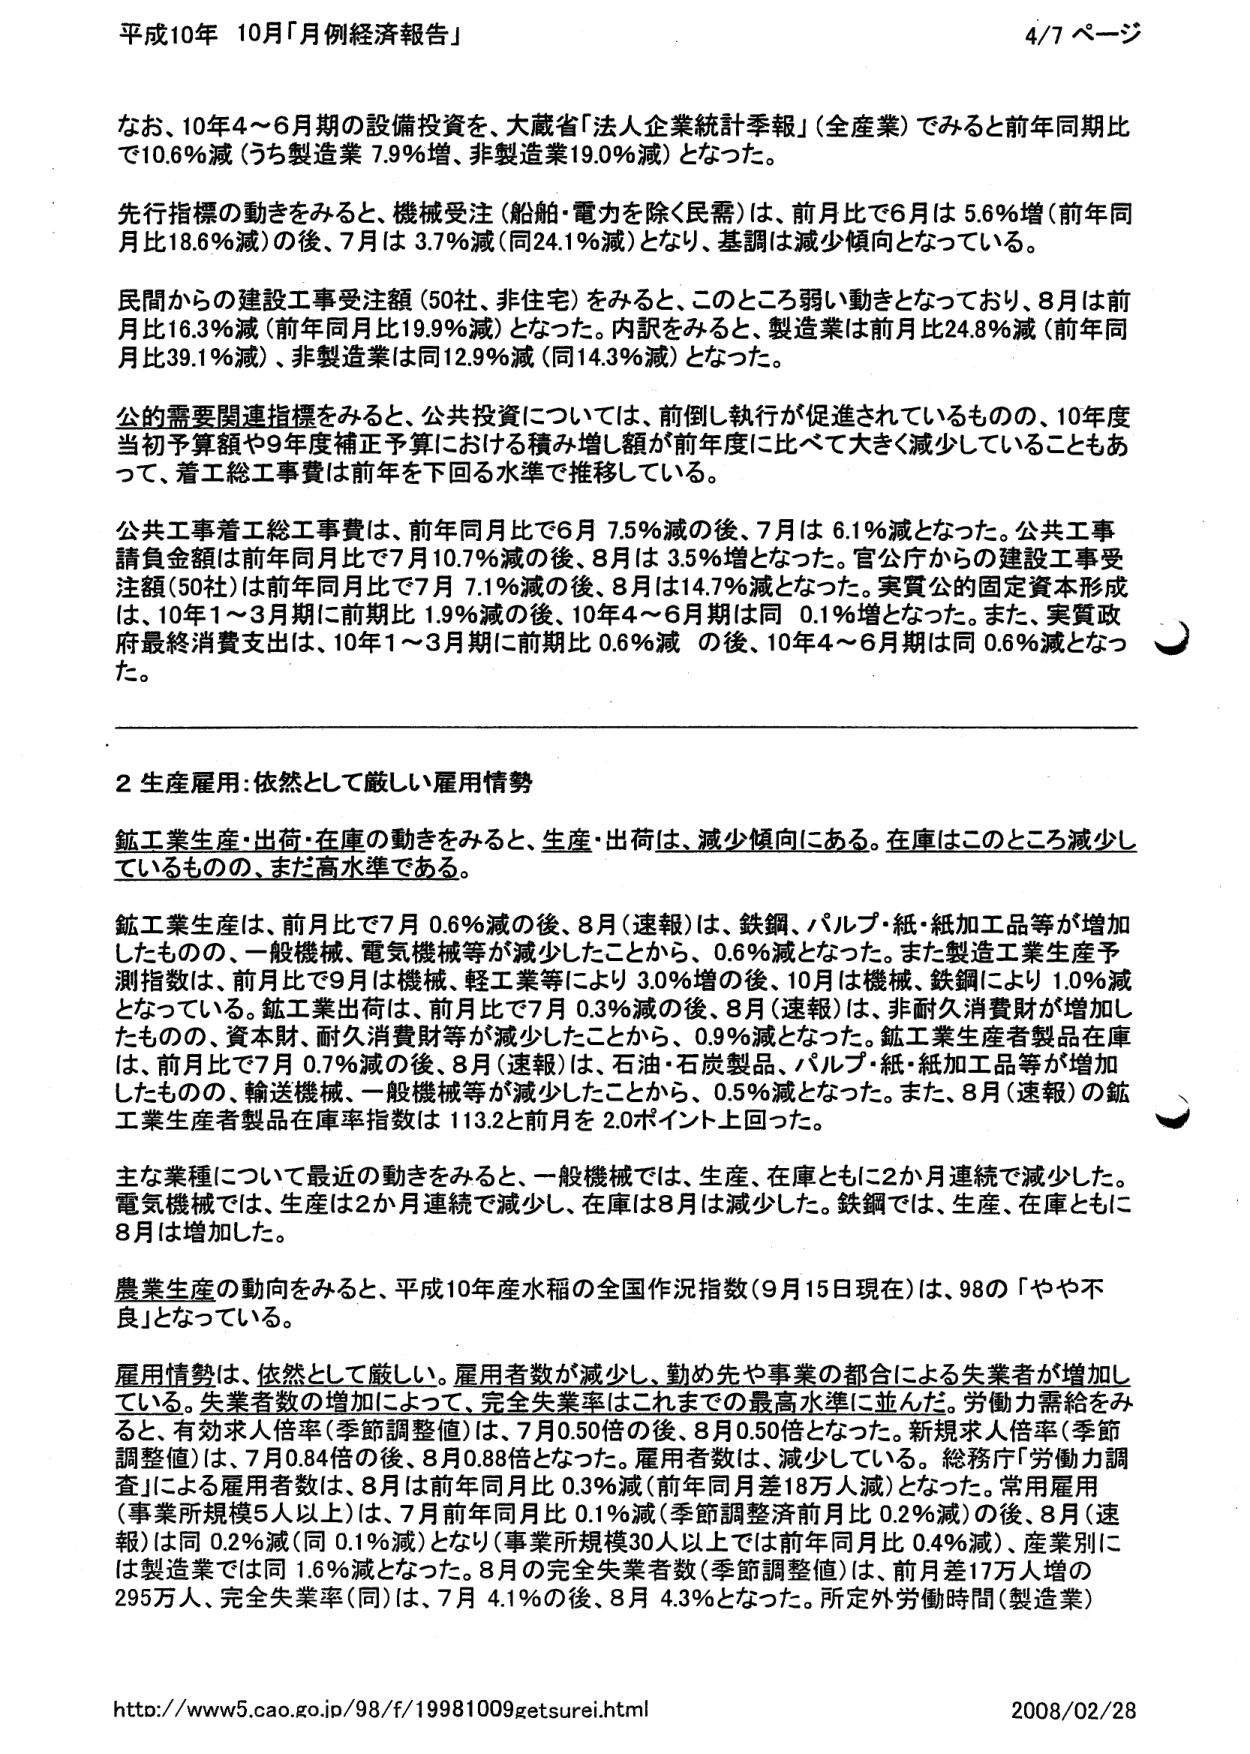
平成10年 10月「月例経済報告」 4/7 ページ

なお、10年4～6月期の設備投資を、大蔵省「法人企業統計季報」（全産業）でみると前年同期比で10.6％減（うち製造業 7.9％増、非製造業19.0％減）となった。

先行指標の動きをみると、機械受注（船舶・電力を除く民需）は、前月比で6月は 5.6％増（前年同月比18.6％減）の後、7月は 3.7％減（同24.1％減）となり、基調は減少傾向となっている。

民間からの建設工事受注額（50社、非住宅）をみると、このところ弱い動きとなっており、8月は前月比16.3％減（前年同月比19.9％減）となった。内訳をみると、製造業は前月比24.8％減（前年同月比39.1％減）、非製造業は同12.9％減（同14.3％減）となった。

公的需要関連指標をみると、公共投資については、前倒し執行が促進されているものの、10年度当初予算額や9年度補正予算における積み増し額が前年度に比べて大きく減少していることもあって、着工総工事費は前年を下回る水準で推移している。

公共工事着工総工事費は、前年同月比で6月 7.5％減の後、7月は 6.1％減となった。公共工事請負金額は前年同月比で7月10.7％減の後、8月は 3.5％増となった。官公庁からの建設工事受注額（50社）は前年同月比で7月 7.1％減の後、8月は14.7％減となった。実質公的固定資本形成は、10年1～3月期に前期比 1.9％減の後、10年4～6月期は同 0.1％増となった。また、実質政府最終消費支出は、10年1～3月期に前期比 0.6％減 の後、10年4～6月期は同 0.6％減となった。

2 生産雇用：依然として厳しい雇用情勢

鉱工業生産・出荷・在庫の動きをみると、生産・出荷は、減少傾向にある。在庫はこのところ減少しているものの、まだ高水準である。

鉱工業生産は、前月比で7月 0.6％減の後、8月（速報）は、鉄鋼、パルプ・紙・紙加工品等が増加したものの、一般機械、電気機械等が減少したことから、0.6％減となった。また製造工業生産予測指数は、前月比で9月は機械、軽工業等により3.0％増の後、10月は機械、鉄鋼により1.0％減となっている。鉱工業出荷は、前月比で7月 0.3％減の後、8月（速報）は、非耐久消費財が増加したものの、資本財、耐久消費財等が減少したことから、0.9％減となった。鉱工業生産者製品在庫は、前月比で7月 0.7％減の後、8月（速報）は、石油・石炭製品、パルプ・紙・紙加工品等が増加したものの、輸送機械、一般機械等が減少したことから、0.5％減となった。また、8月（速報）の鉱工業生産者製品在庫率指数は 113.2と前月を 2.0ポイント上回った。

主な業種について最近の動きをみると、一般機械では、生産、在庫ともに2か月連続で減少した。電気機械では、生産は2か月連続で減少し、在庫は8月は減少した。鉄鋼では、生産、在庫ともに8月は増加した。

農業生産の動向をみると、平成10年産水稻の全国作況指数（9月15日現在）は、98の「やや不良」となっている。

雇用情勢は、依然として厳しい。雇用者数が減少し、勤め先や事業の都合による失業者が増加している。失業者数の増加によって、完全失業率はこれまでの最高水準に並んだ。労働力需給をみると、有効求人倍率（季節調整値）は、7月0.50倍の後、8月0.50倍となった。新規求人倍率（季節調整値）は、7月0.84倍の後、8月0.88倍となった。雇用者数は、減少している。総務庁「労働力調査」による雇用者数は、8月は前年同月比 0.3％減（前年同月差18万人減）となった。常用雇用（事業所規模5人以上）は、7月前年同月比 0.1％減（季節調整済前月比 0.2％減）の後、8月（速報）は同 0.2％減（同 0.1％減）となり（事業所規模30人以上では前年同月比 0.4％減）、産業別には製造業では同 1.6％減となった。8月の完全失業者数（季節調整値）は、前月差17万人増の295万人、完全失業率（同）は、7月 4.1％の後、8月 4.3％となった。所定外労働時間（製造業）

http://www5.cao.go.jp/98/f/19981009getsurei.html 2008/02/28